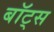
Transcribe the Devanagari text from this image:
बॉट्स